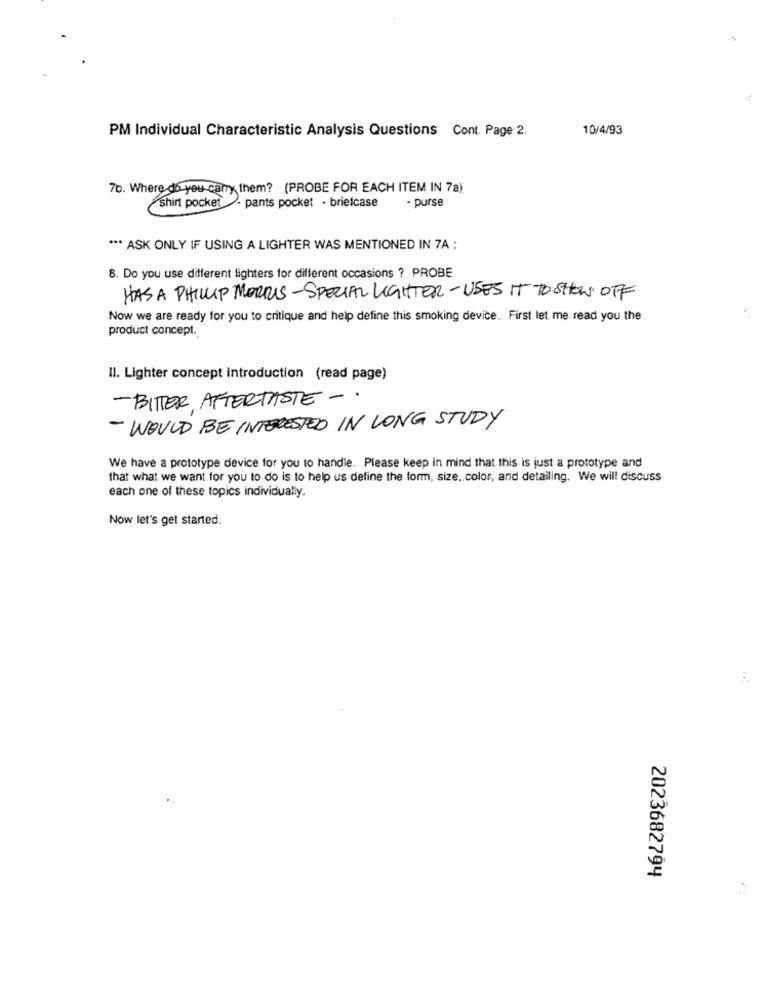
PM Individual Characteristic Analysis Questions Cont. Page 2.
10/4/93
7b. Where do you carry them? (PROBE FOR EACH ITEM IN 7a)
- purse
shirt pocket - pants pocket . briefcase
*** ASK ONLY IF USING A LIGHTER WAS MENTIONED IN 7A :
8. Do you use different lighters for different occasions ? PROBE
HAS A PHILLIP MORRIS-SPECIAL LIGHTER-USES IT TO SHOW OFF
Now we are ready for you to critique and help define this smoking device. First let me read you the
product concept.
Il. Lighter concept introduction (read page)
- BITTER AFTERTASTE -.
- WOULD BE INTERESTED IN LONG STUDY
We have a prototype device for you to handle. Please keep in mind that this is just a prototype and
that what we want for you to do is to help us define the form, size. color, and detailing. We will discuss
each one of these topics individually.
Now let's get started.
2023682794